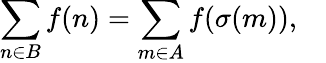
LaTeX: \sum_{n\in B}f(n)=\sum_{m\in A}f(\sigma(m)),\quad